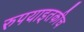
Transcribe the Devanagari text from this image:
रुपयाइतकीच